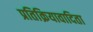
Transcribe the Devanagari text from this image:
प्रतिक्रियावादिता